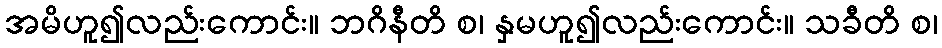
အမိဟူ၍လည်းကောင်း။ ဘဂိနီတိ စ၊ နှမဟူ၍လည်းကောင်း။ သခီတိ စ၊